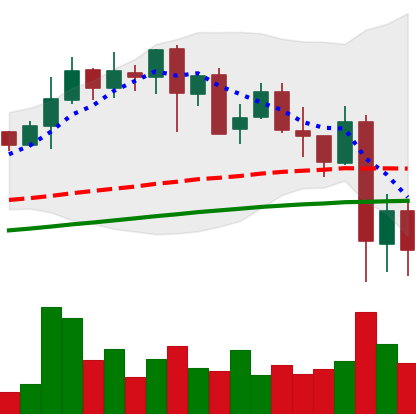
Ticker: LINK-USD
Chart end date: 2021-05-21
Forward return: 32.87%
Label: up_7plus